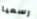
رسميا